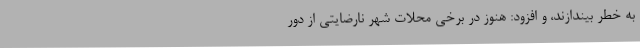
به خطر بیندازند، و افزود: هنوز در برخی محلات شهر نارضایتی از دور